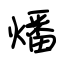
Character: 燔